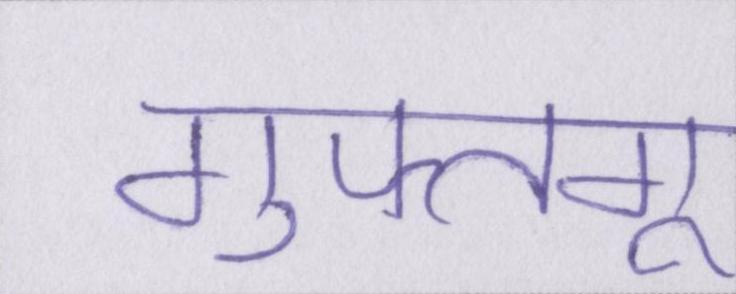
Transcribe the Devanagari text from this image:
गुफ्तगू